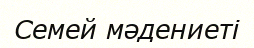
Семей мәдениеті